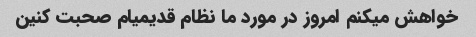
خواهش میکنم امروز در مورد ما نظام قدیمیام صحبت کنین